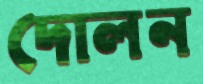
দোলন